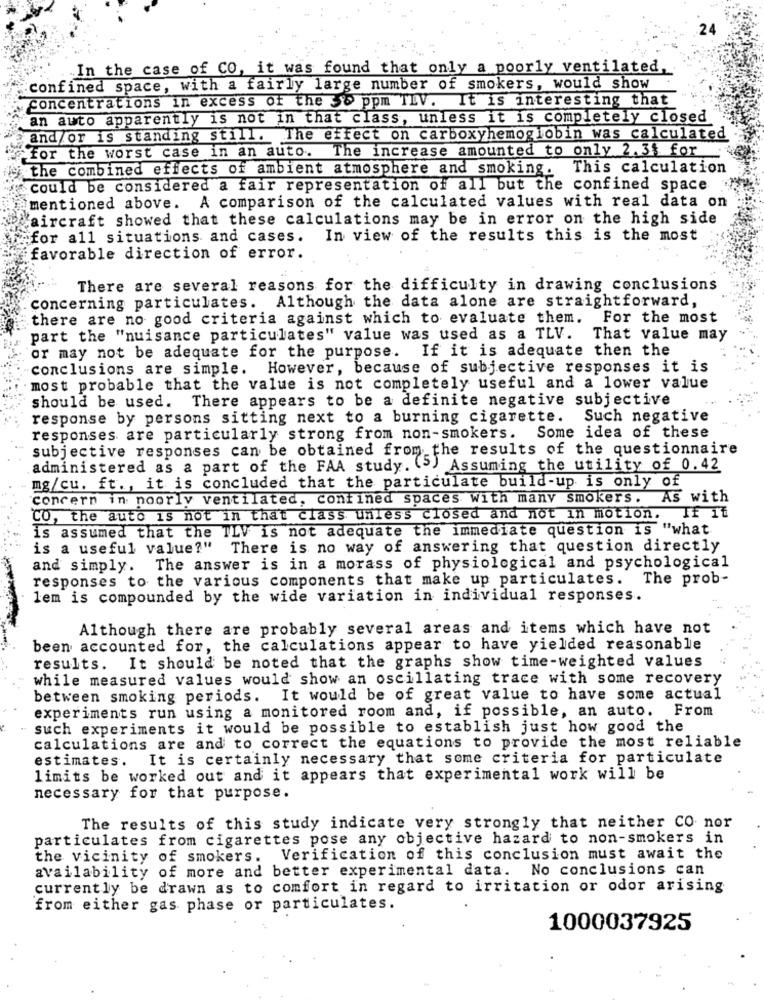
.24
In the case of CO, it was found that only a poorly ventilated,
confined space, with a fairly large number of smokers, would show
Concentrations in excess of the 38 ppm TIV. It is interesting that
an auto apparently is not in that class, unless it is completely closed
and /or is standing still. The effect on carboxyhemoglobin was calculated
for the worst case in an auto. The increase amounted to only 2.34 for
the combined effects of ambient atmosphere and smoking. This calculation
could be considered a fair representation of all but the confined space
mentioned above. A comparison of the calculated values with real data on
aircraft showed that these calculations may be in error on the high side
for all situations and cases.
In view of the results this is the most
favorable direction of error.
There are several reasons for the difficulty in drawing conclusions
concerning particulates. Although the data alone are straightforward,
there are no good criteria against which to evaluate them.
For the most
part the "nuisance particulates" value was used as a TLV.
That value may
or may not be adequate for the purpose. If it is adequate then the
conclusions are simple. However, because of subjective responses it is
most probable that the value is not completely useful and a lower value
should be used. There appears to be a definite negative subjective
response by persons sitting next to a burning cigarette. Such negative
responses are particularly strong from non-smokers. Some idea of these
subjective responses can be obtained from the results of the questionnaire
administered as a part of the FAA study. (5) Assuming the utility of 0.42
mg/cu. ft ., it is concluded that the particulate build-up is only of
concern in noorly ventilated, confined spaces with many smokers. As with
CO, the auto is not in that class unless closed and not in motion. If It
is assumed that the TLV is not adequate the immediate question is "what
is a useful value?" There is no way of answering that question directly
and simply. The answer is in a morass of physiological and psychological
responses to the various components that make up particulates. The prob-
lem is compounded by the wide variation in individual responses.
Although there are probably several areas and items which have not
been accounted for, the calculations appear to have yielded reasonable
results. It should be noted that the graphs show time-weighted values
while measured values would show an oscillating trace with some recovery
between smoking periods. It would be of great value to have some actual
experiments run using a monitored room and, if possible, an auto. From
such experiments it would be possible to establish just how good the
calculations are and to correct the equations to provide the most reliable
estimates. It is certainly necessary that some criteria for particulate
limits be worked out and it appears that experimental work will be
necessary for that purpose.
The results of this study indicate very strongly that neither CO nor
particulates from cigarettes pose any objective hazard to non-smokers in
the vicinity of smokers. Verification of this conclusion must await the
availability of more and better experimental data. No conclusions can
currently be drawn as to comfort in regard to irritation or odor arising
from either gas phase or particulates.
1000037925